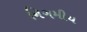
નિગમીય